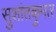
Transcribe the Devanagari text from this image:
सुशांतकुमार